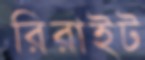
রিরাইট